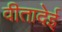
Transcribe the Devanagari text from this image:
वीतादेई